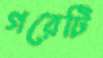
গরেটি